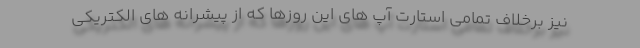
نیز برخلاف تمامی استارت آپ های این روزها که از پیشرانه های الکتریکی